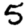
Digit: 5